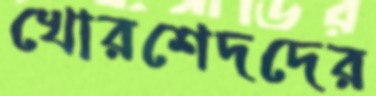
খোরশেদদের